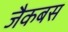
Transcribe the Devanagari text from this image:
जैकबस